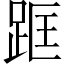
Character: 𨀕